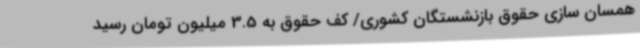
همسان سازی حقوق بازنشستگان کشوری/ کف حقوق به 3.5 میلیون تومان رسید